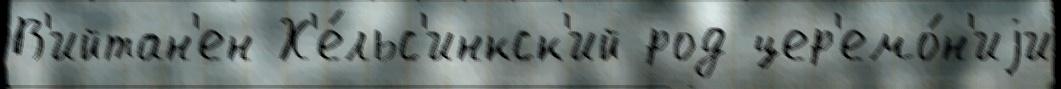
В'ийтан'ен Х'е́льс'инкск'ий род цер'емо́н'иjи